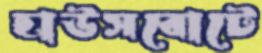
হাউসবোটে